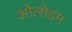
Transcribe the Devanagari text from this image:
ओलोडम